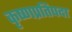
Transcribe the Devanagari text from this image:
कृष्णप्रतिपदा